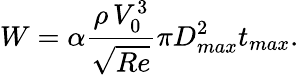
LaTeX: W=\alpha\frac{\rho\, V_{0}^{3}}{\sqrt{Re}}\pi D_{max}^{2}t_{max}.